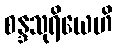
စန္ဒသုရိယေဟိ